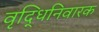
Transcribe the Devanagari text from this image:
वृद्धिनिवारक